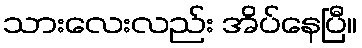
သားလေးလည်း အိပ်နေပြီ။